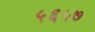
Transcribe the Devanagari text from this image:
५६५७